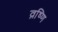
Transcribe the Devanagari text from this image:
व्रष्णि